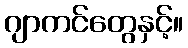
ဂျာကင်တွေနှင့်။